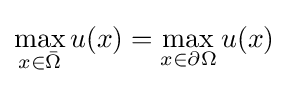
\max _{x\in {\bar {\Omega }}}u(x)=\max _{x\in \partial \Omega }u(x)